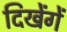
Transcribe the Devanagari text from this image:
दिखेंगें